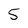
Character: 5